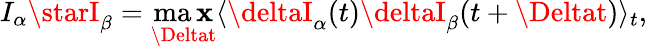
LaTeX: I_{\alpha}\starI_{\beta}=\operatorname*{ma\mathbf{x}}_{\Deltat}\langle\deltaI_{\alpha}(t)\deltaI_{\beta}(t+\Deltat)\rangle_{t},